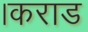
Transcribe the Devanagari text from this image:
।कराड